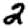
Digit: 2